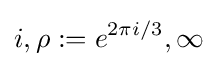
i,\rho :=e^{2\pi i/3},\infty